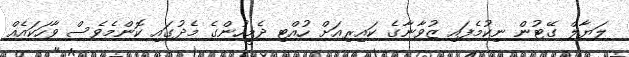
ލަޔާލް ގޭޓުން ނިކުމެފައި ޒުވާނާގެ ކައިރިއަށް ހުއްޓި ދެމީހުންގެ މެދުގައި ކޮންމެވެސް ވާހަކައެއް